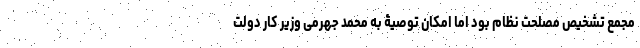
مجمع تشخیص مصلحت نظام بود اما امکان توصیۀ به محمد جهرمی وزیر کار دولت